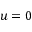
u = 0